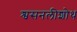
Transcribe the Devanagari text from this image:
श्वसनलीशोथ